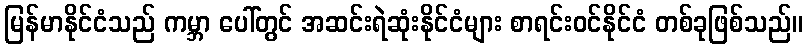
မြန်မာနိုင်ငံသည် ကမ္ဘာ ပေါ်တွင် အဆင်းရဲဆုံးနိုင်ငံများ စာရင်းဝင်နိုင်ငံ တစ်ခုဖြစ်သည်။